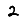
Digit: 2